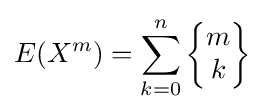
E(X^{m})=\sum _{k=0}^{n}\left\{{\begin{matrix}m\\k\end{matrix}}\right\}